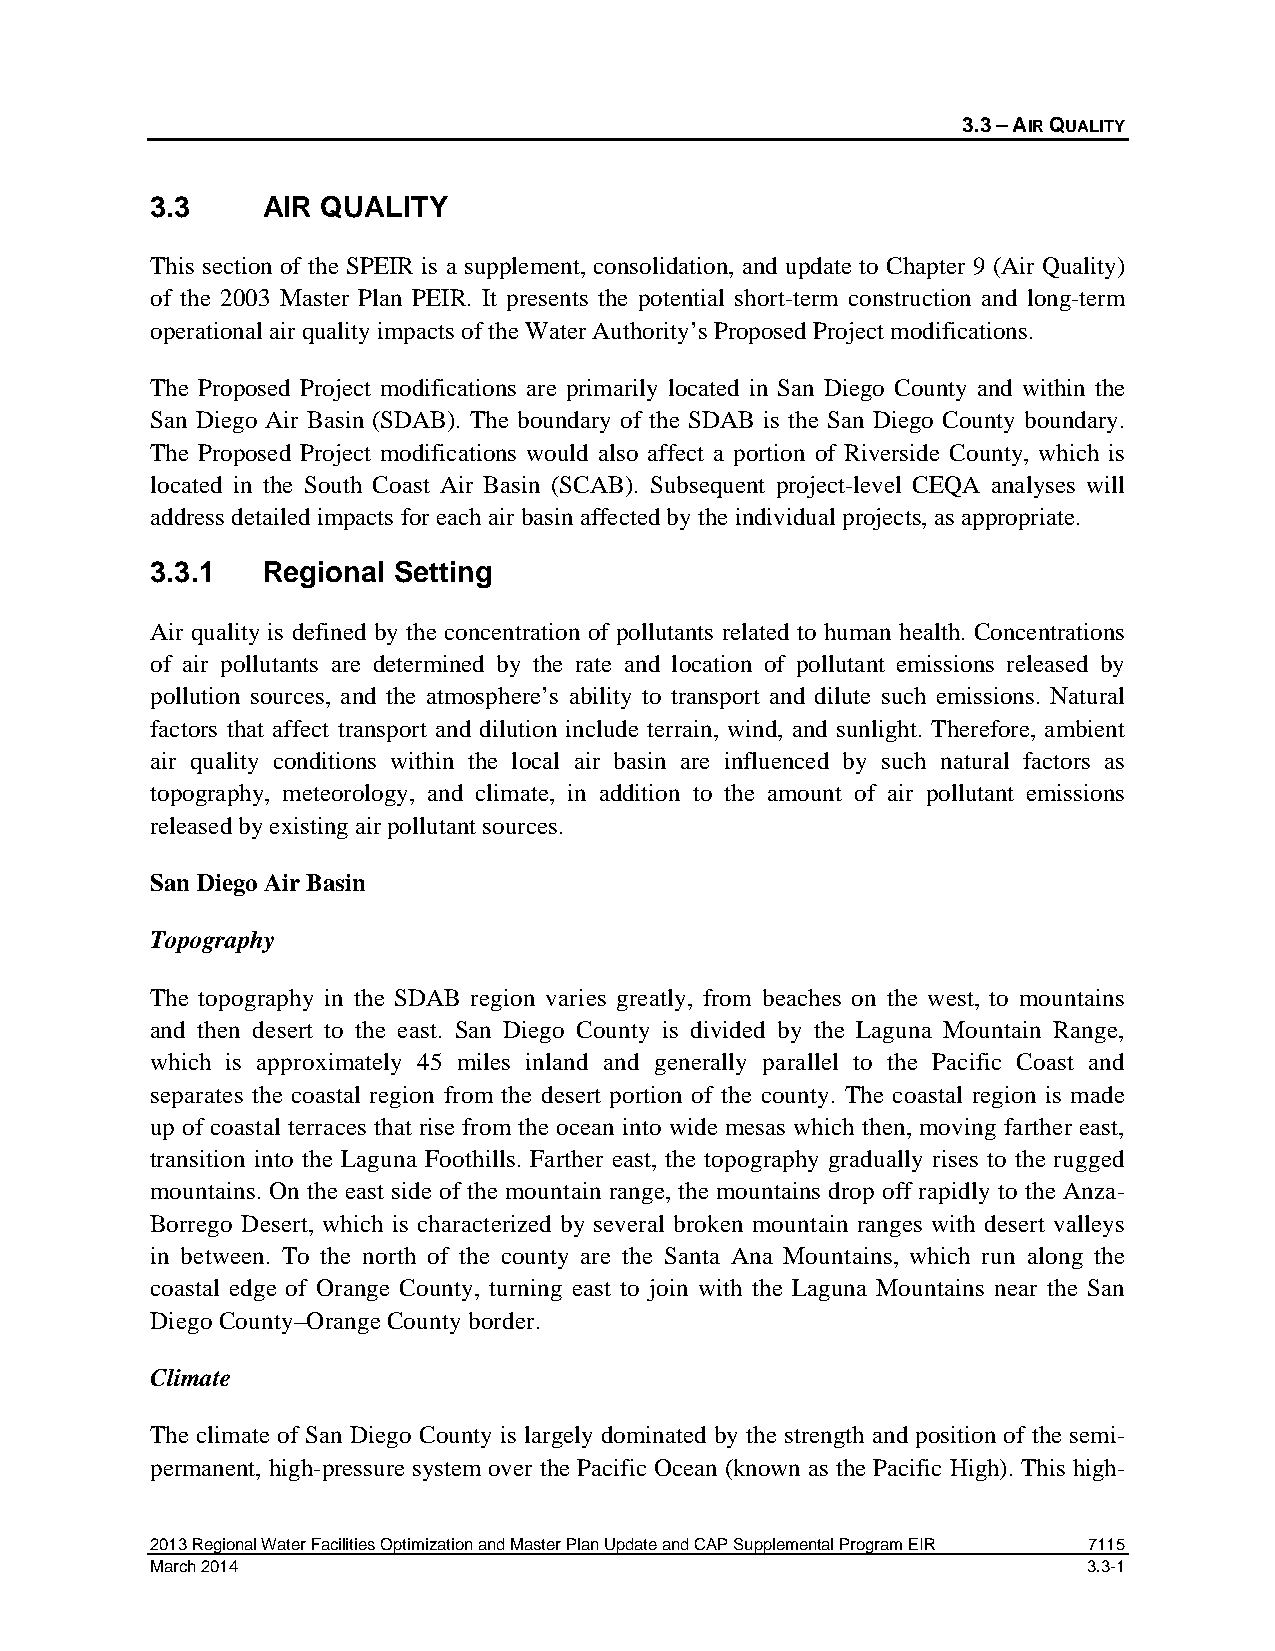
3.3 – AIR QUALITY
 3.3    AIR QUALITY
 This section of the SPEIR is a supplement, consolidation, and update to Chapter 9 (Air Quality)
 of the 2003 Master Plan PEIR. It presents the potential short-term construction and long-term
 operational air quality impacts of the Water Authority’s Proposed Project modifications.
 The Proposed Project modifications are primarily located in San Diego County and within the
 San Diego Air Basin (SDAB). The boundary of the SDAB is the San Diego County boundary.
 The Proposed Project modifications would also affect a portion of Riverside County, which is
 located in the South Coast Air Basin (SCAB). Subsequent project-level CEQA analyses will
 address detailed impacts for each air basin affected by the individual projects, as appropriate.
 3.3.1  Regional Setting
 Air quality is defined by the concentration of pollutants related to human health. Concentrations
 of air pollutants are determined by the rate and location of pollutant emissions released by
 pollution sources, and the atmosphere’s ability to transport and dilute such emissions. Natural
 factors that affect transport and dilution include terrain, wind, and sunlight. Therefore, ambient
 air quality conditions within the local air basin are influenced by such natural factors as
 topography, meteorology, and climate, in addition to the amount of air pollutant emissions
 released by existing air pollutant sources.
 San Diego Air Basin
 Topography
 The topography in the SDAB region varies greatly, from beaches on the west, to mountains
 and then desert to the east. San Diego County is divided by the Laguna Mountain Range,
 which is approximately 45 miles inland and generally parallel to the Pacific Coast and
 separates the coastal region from the desert portion of the county. The coastal region is made
 up of coastal terraces that rise from the ocean into wide mesas which then, moving farther east,
 transition into the Laguna Foothills. Farther east, the topography gradually rises to the rugged
 mountains. On the east side of the mountain range, the mountains drop off rapidly to the Anza-
 Borrego Desert, which is characterized by several broken mountain ranges with desert valleys
 in between. To the north of the county are the Santa Ana Mountains, which run along the
 coastal edge of Orange County, turning east to join with the Laguna Mountains near the San
 Diego County–Orange County border.
 Climate
 The climate of San Diego County is largely dominated by the strength and position of the semi-
 permanent, high-pressure system over the Pacific Ocean (known as the Pacific High). This high-
 2013 Regional Water Facilities Optimization and Master Plan Update and CAP Supplemental Program EIR 7115
 March 2014                                                    3.3-1